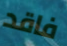
فاقد